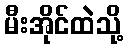
မီးအိုင်ထဲသို့